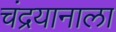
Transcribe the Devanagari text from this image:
चंद्रयानाला